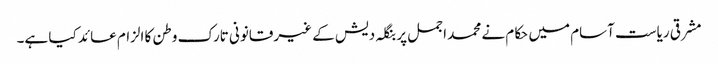
مشرقی ریاست آسام میں حکام نے محمد اجمل پر بنگلہ دیش کے غیرقانونی تارک وطن کا الزام عائد کیا ہے۔